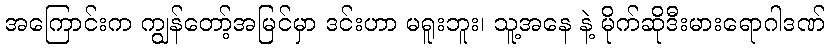
အကြောင်းက ကျွန်တော့်အမြင်မှာ ဒင်းဟာ မရူးဘူး၊ သူ့အနေ နဲ့ မိုက်ဆိုဒီးမားရောဂါဒဏ်